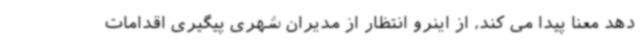
دهد معنا پیدا می کند، از اینرو انتظار از مدیران شهری پیگیری اقدامات